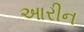
આરીન